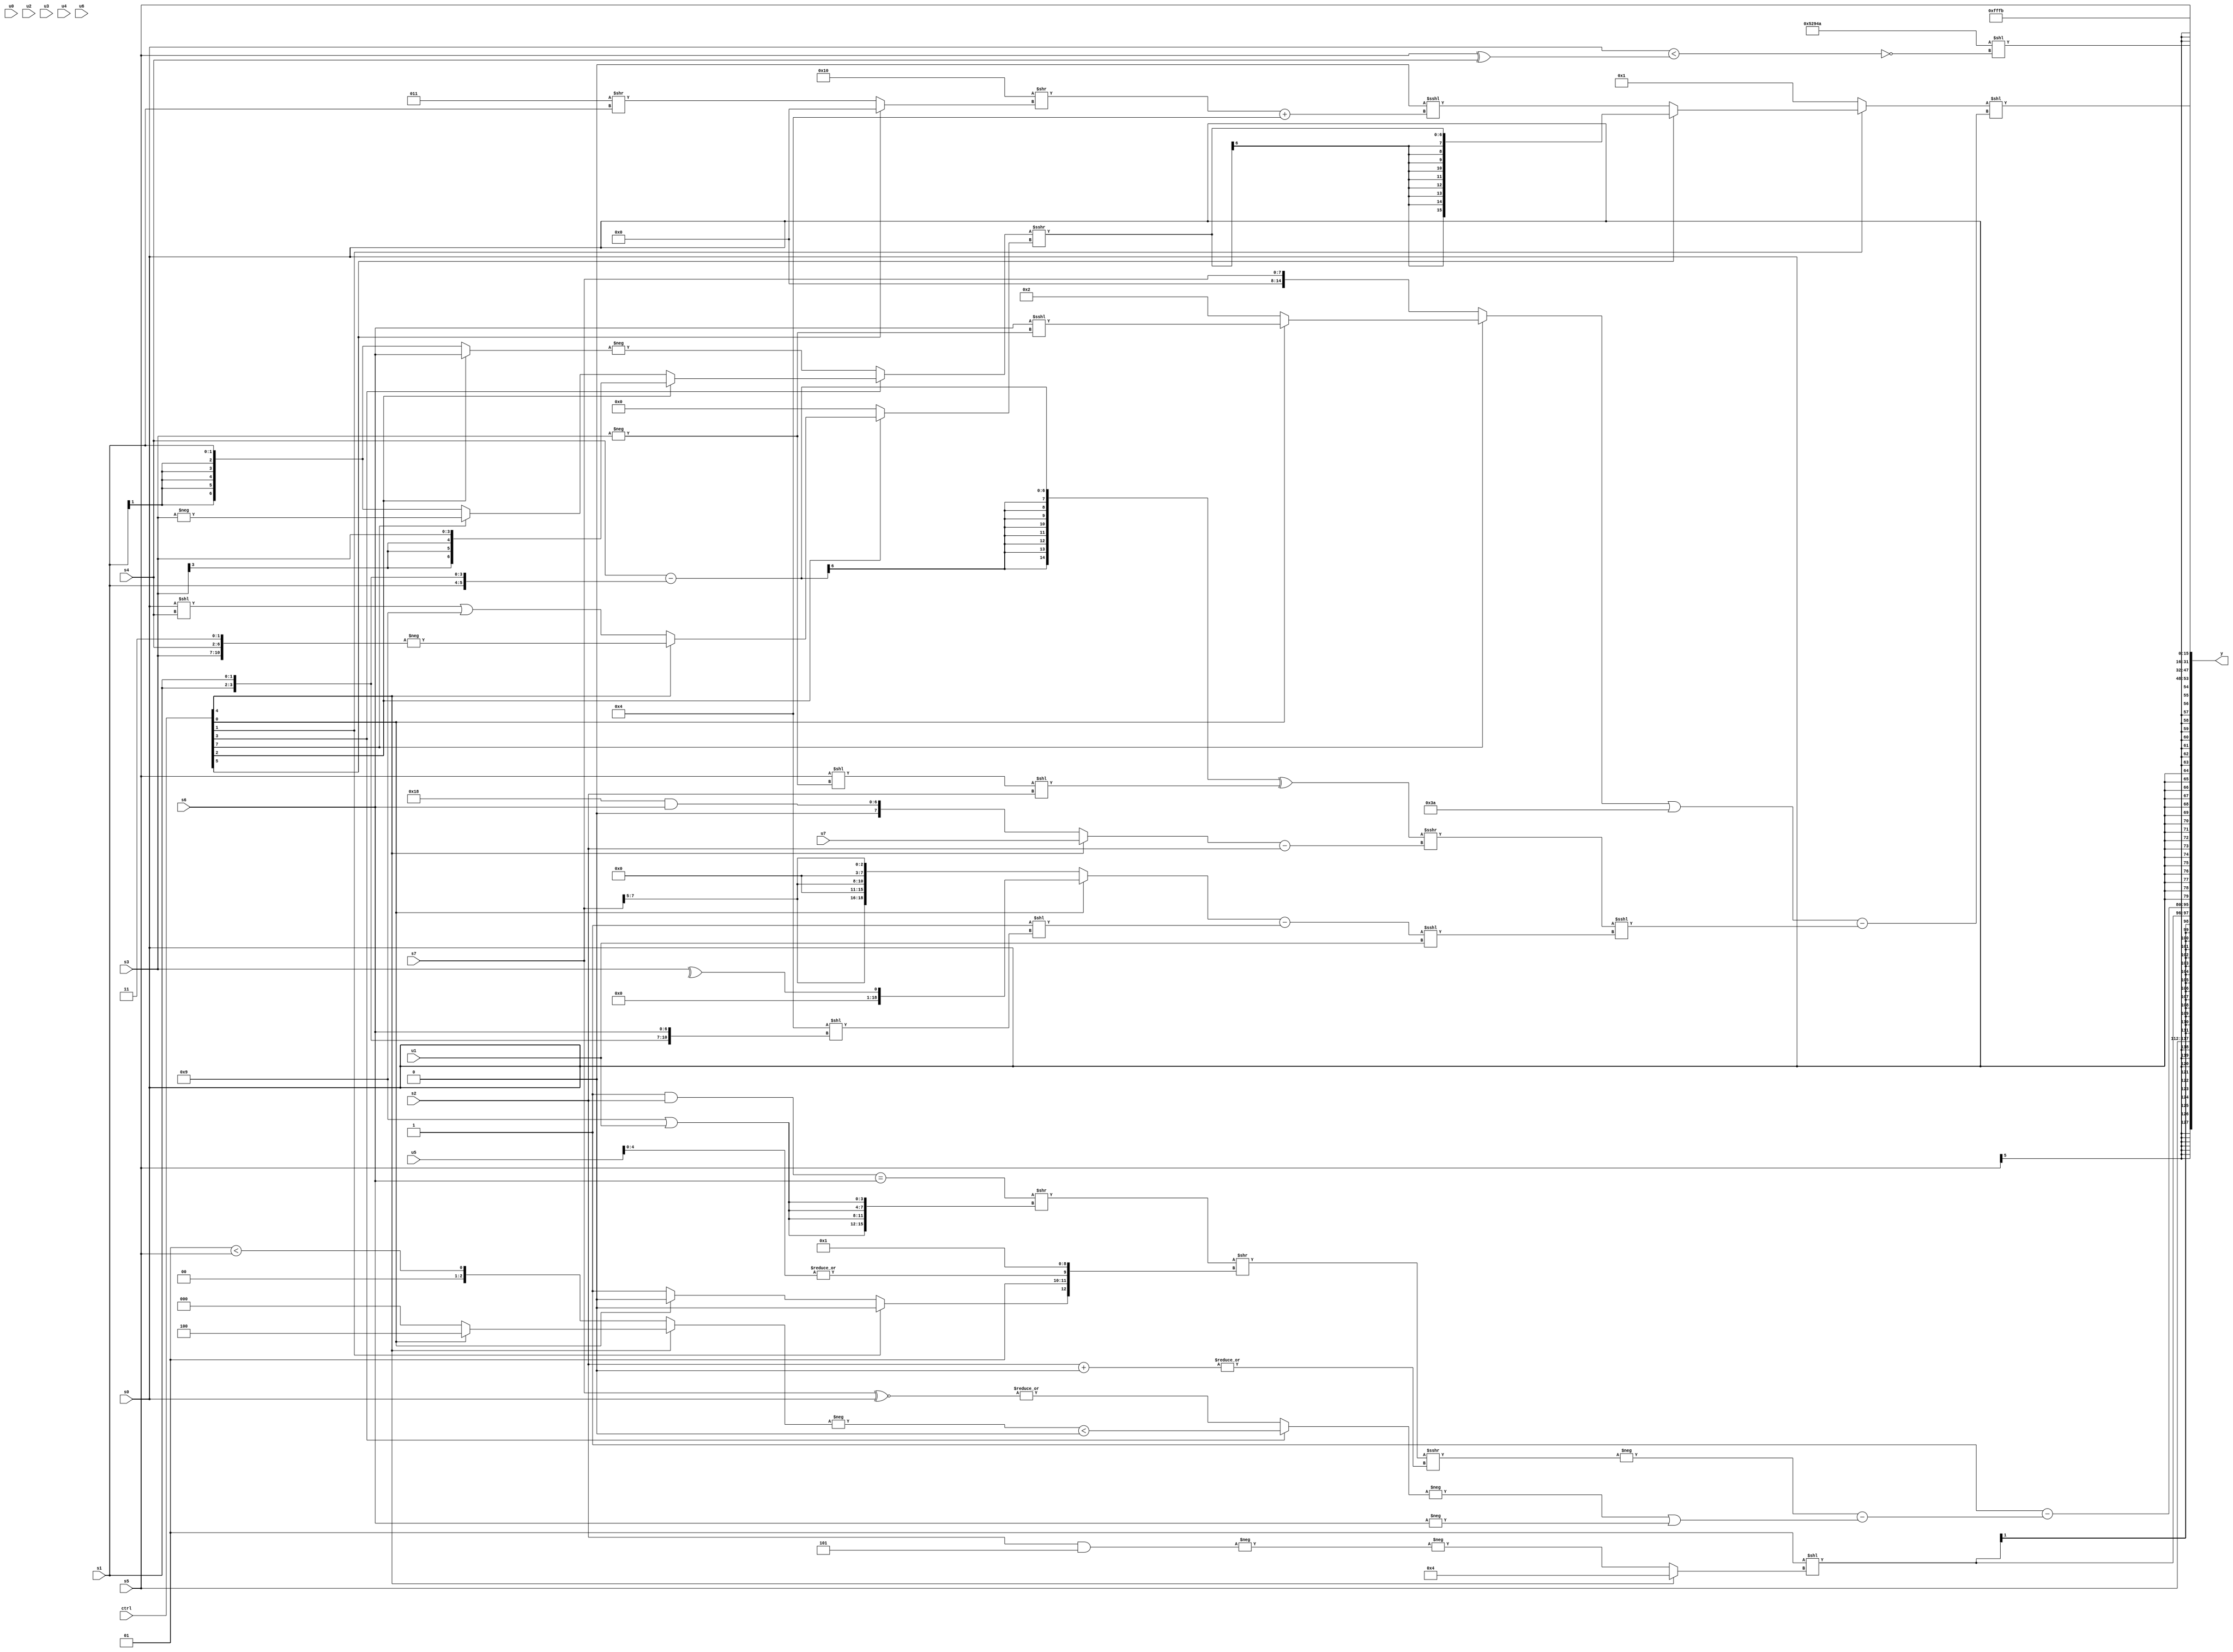
module wideexpr_00472(ctrl, u0, u1, u2, u3, u4, u5, u6, u7, s0, s1, s2, s3, s4, s5, s6, s7, y);
  input [7:0] ctrl;
  input [0:0] u0;
  input [1:0] u1;
  input [2:0] u2;
  input [3:0] u3;
  input [4:0] u4;
  input [5:0] u5;
  input [6:0] u6;
  input [7:0] u7;
  input signed [0:0] s0;
  input signed [1:0] s1;
  input signed [2:0] s2;
  input signed [3:0] s3;
  input signed [4:0] s4;
  input signed [5:0] s5;
  input signed [6:0] s6;
  input signed [7:0] s7;
  output [127:0] y;
  wire [15:0] y0;
  wire [15:0] y1;
  wire [15:0] y2;
  wire [15:0] y3;
  wire [15:0] y4;
  wire [15:0] y5;
  wire [15:0] y6;
  wire [15:0] y7;
  assign y = {y0,y1,y2,y3,y4,y5,y6,y7};
  assign y0 = s5;
  assign y1 = $signed(($signed(2'sb01))<<((ctrl[4]?(ctrl[4]?(3'sb011)+(-(1'sb1)):s6):-(-((s2)&(3'sb101))))));
  assign y2 = (3'sb001)-((-($signed((((((1'b1)&(s2))==($signed(s6)))>>({4{(4'b1001)|(u1)}}))>>({(ctrl[1]?$signed(1'sb0):(ctrl[0]?2'sb00:1'b1)),2'sb01,|((u5)<<<(2'sb01)),({4'b1000,5'sb11011})&((1'sb0)>(2'sb10))}))>>>(+(|(($signed(s2))+((s0)<<<(2'sb11))))))))-((-((ctrl[3]?(-((ctrl[4]?(ctrl[0]?3'sb100:5'b00000):(2'sb01)<(s5))))<((+(s7))<<<(4'sb1100)):|($signed({(s7)^~(s0)})))))|(-($signed(s6)))));
  assign y3 = s0;
  assign y4 = s5;
  assign y5 = ($signed({4{(5'b00101)<<<((1'sb0)^(2'sb01))}}))<<($signed((~(|(3'sb100)))^~((s0)<((s5)^(s4)))));
  assign y6 = ((ctrl[1]?(ctrl[5]?$signed(((ctrl[3]?(ctrl[2]?(ctrl[3]?s3:(6'sb010010)<<<(s1)):(ctrl[7]?-(s3):$signed(s1))):-(+((ctrl[2]?s6:s1)))))>>>((ctrl[2]?(ctrl[4]?-({s3,s4,2'sb11}):((s0)<<(s4))|(4'sb1001)):($signed(1'b0))|(1'sb0)))):($signed({2{$signed($signed({3{1'sb0}}))}}))<<<((((6'sb010000)>>((ctrl[5]?(s6)<<<(5'b01010):(3'sb011)>>(s1))))+(4'sb0100))<<({2{(s7)<<<(4'b1011)}}))):5'sb00001))<<((((ctrl[7]?(ctrl[7]?(ctrl[0]?(s6)<<<(+(-(s3))):$signed($signed((3'sb010)>>>(6'sb000000)))):(-({(s0)|(4'sb1110),(s2)^~(4'sb0100),(s6)<<(1'sb1)}))<<<(~^((ctrl[3]?(2'b01)>>(s0):s4)))):s7))|(6'sb111010))-((((($signed(s4))-(+({3{s1}})))^(($signed(($unsigned(s5))<<(-(s3))))<<(s2)))>>>($signed(+(((ctrl[4]?+(u7):(6'sb011000)&(s6)))-($signed(+(s2)))))))<<<(($signed(((ctrl[0]?(ctrl[0]?^(s3):(6'b100000)+(u4)):{3{(s7)>>(3'sb101)}}))-((1'b1)<<((4'sb0100)<<({s1,s1,s6})))))<<<(u1))));
  assign y7 = 4'sb1011;
endmodule